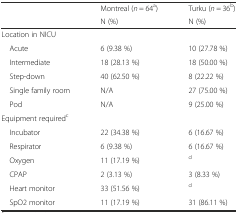
<table><thead><tr><td rowspan="2"></td><td><b>Montreal (<i>n</i> = 64<sup>a</sup>)</b></td><td><b>Turku (<i>n</i> = 36<sup>b</sup>)</b></td></tr><tr><td><b>N (%)</b></td><td><b>N (%)</b></td></tr></thead><tbody><tr><td colspan="3">Location in NICU</td></tr><tr><td> Acute</td><td>6 (9.38 %)</td><td>10 (27.78 %)</td></tr><tr><td> Intermediate</td><td>18 (28.13 %)</td><td>18 (50.00 %)</td></tr><tr><td> Step-down</td><td>40 (62.50 %)</td><td>8 (22.22 %)</td></tr><tr><td> Single family room</td><td>N/A</td><td>27 (75.00 %)</td></tr><tr><td> Pod</td><td>N/A</td><td>9 (25.00 %)</td></tr><tr><td colspan="3">Equipment required<sup>c</sup></td></tr><tr><td> Incubator</td><td>22 (34.38 %)</td><td>6 (16.67 %)</td></tr><tr><td> Respirator</td><td>6 (9.38 %)</td><td>6 (16.67 %)</td></tr><tr><td> Oxygen</td><td>11 (17.19 %)</td><td><sup>d</sup></td></tr><tr><td> CPAP</td><td>2 (3.13 %)</td><td>3 (8.33 %)</td></tr><tr><td> Heart monitor</td><td>33 (51.56 %)</td><td><sup>d</sup></td></tr><tr><td> SpO2 monitor</td><td>11 (17.19 %)</td><td>31 (86.11 %)</td></tr></tbody></table>